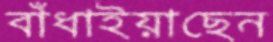
বাঁধাইয়াছেন